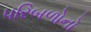
પરિબળોનો